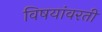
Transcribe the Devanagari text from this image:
विषयांवरती